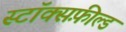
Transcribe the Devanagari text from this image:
स्टॉक्सफ़ील्ड